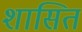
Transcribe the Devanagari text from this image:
शासित